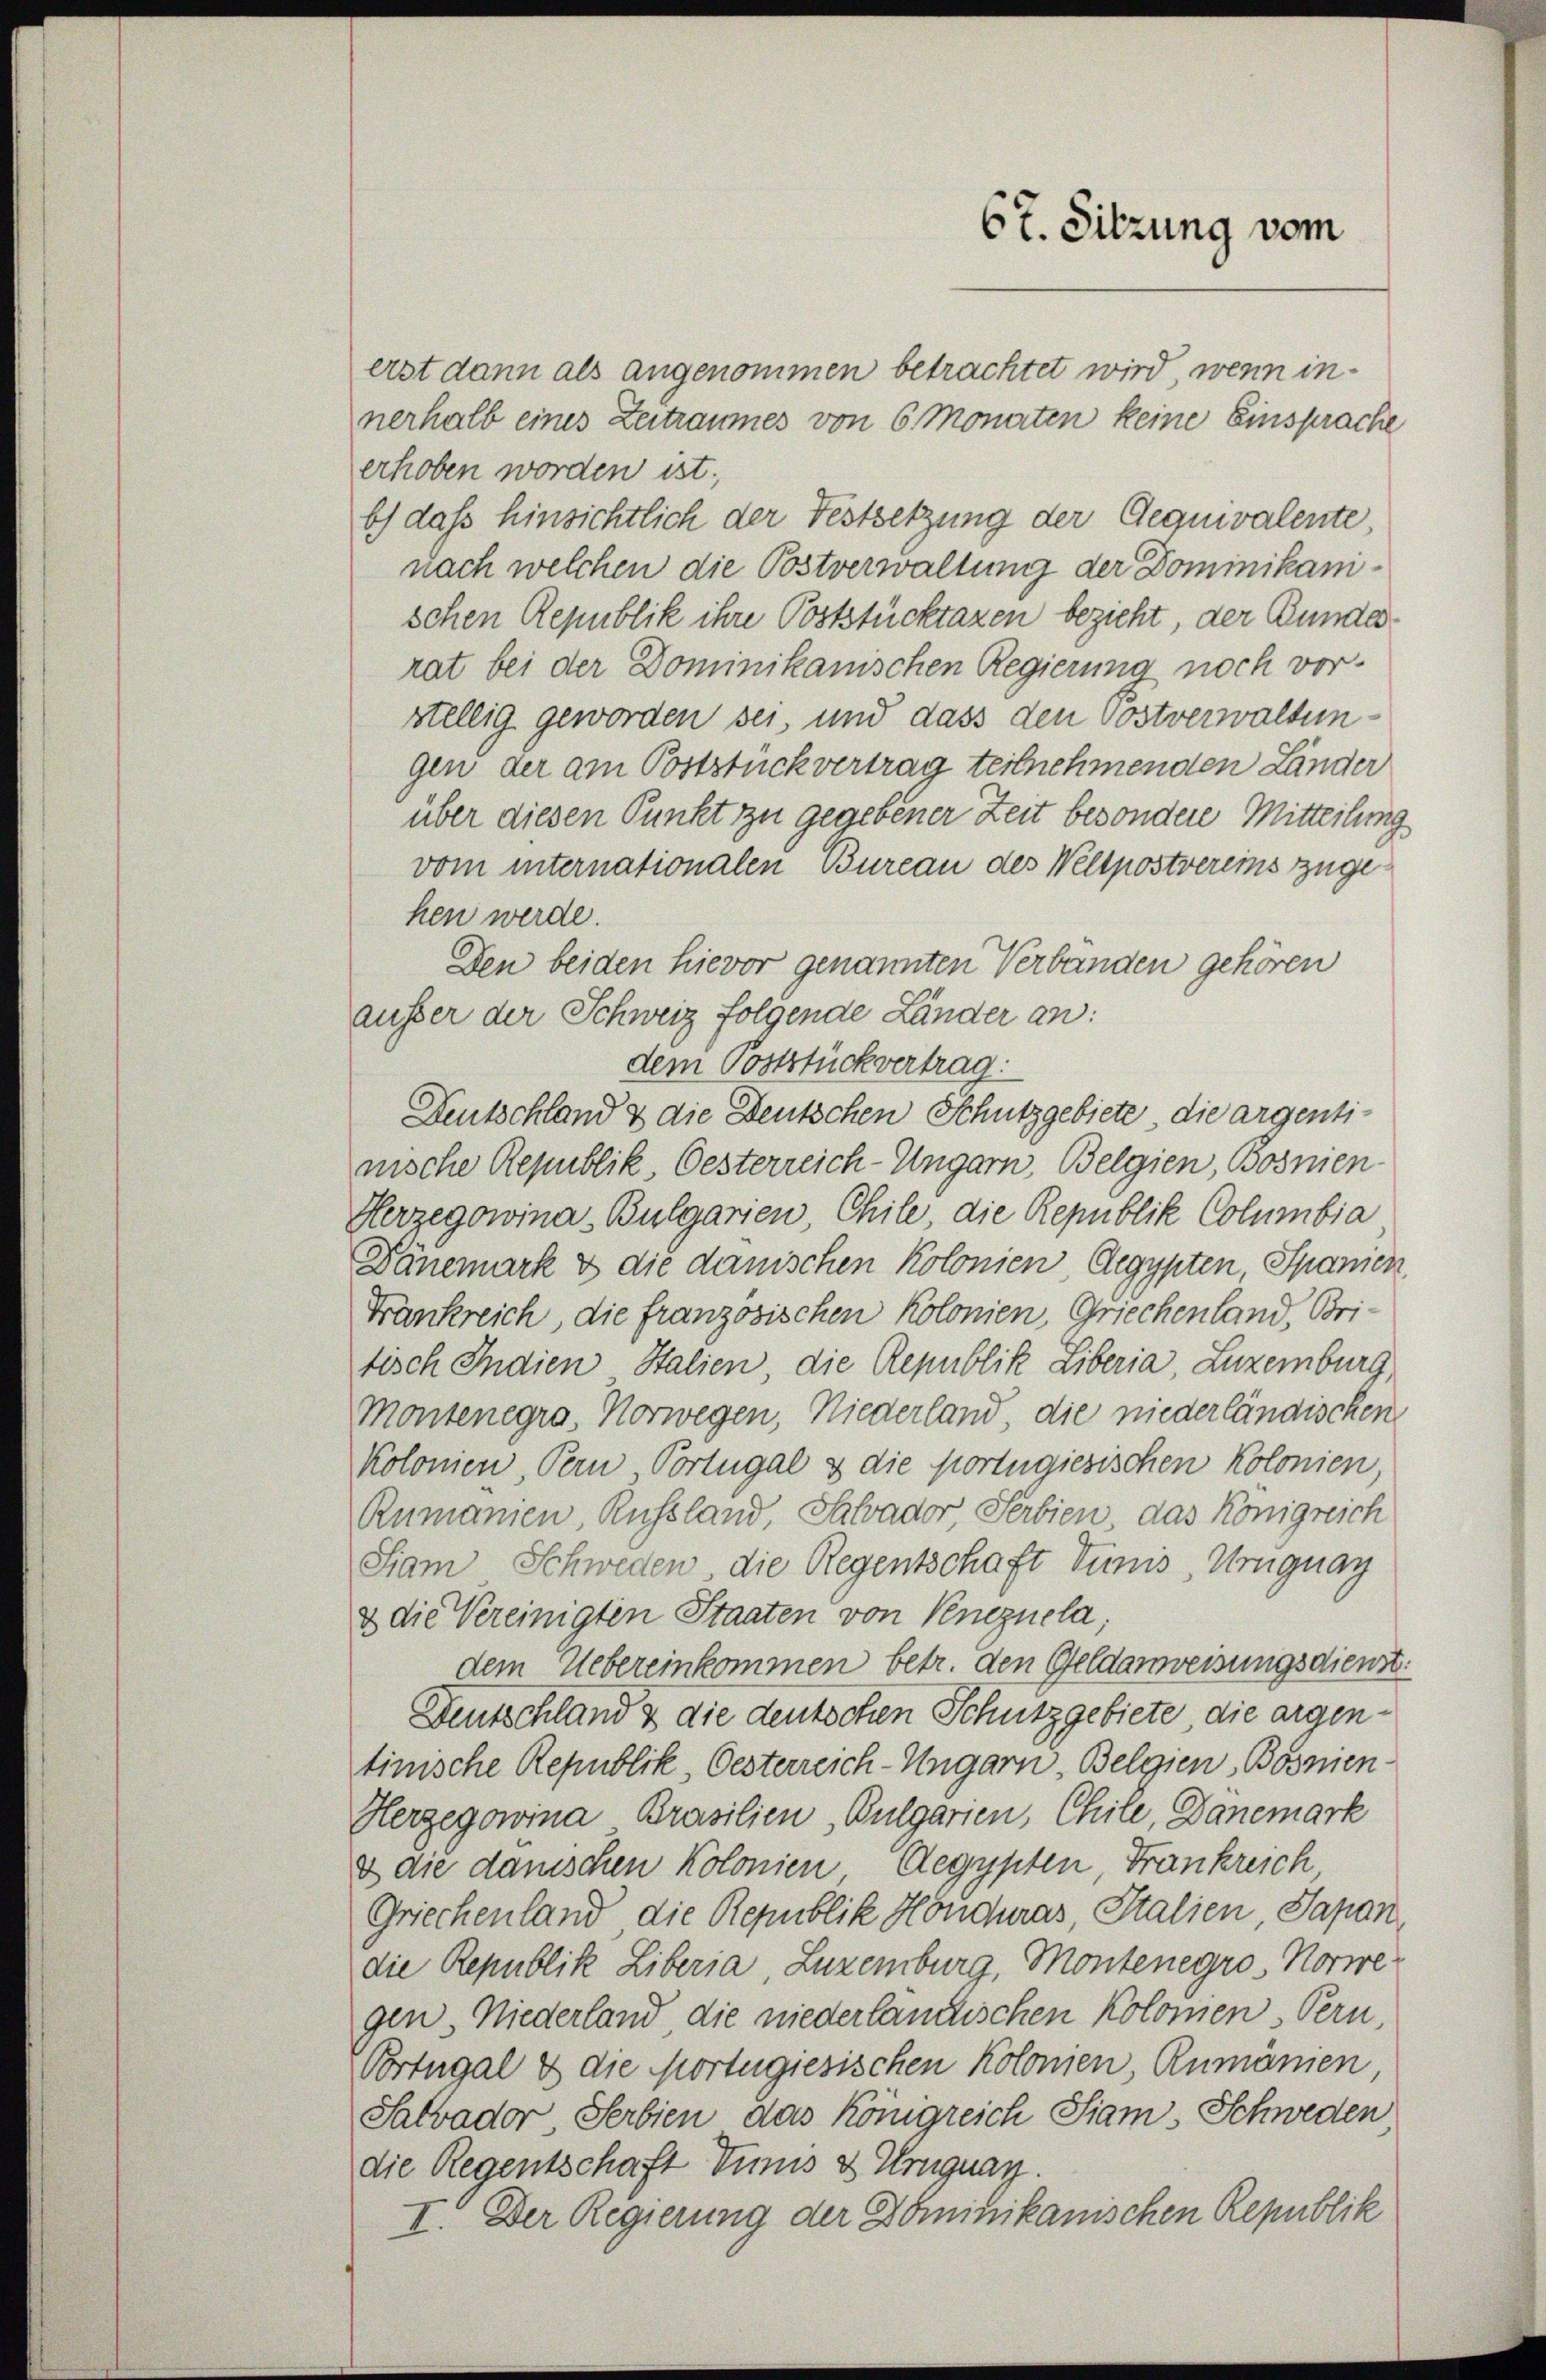
erst dann als angenommen betrachtet wird, wenn innerhalb eines Zeitraumes von 6 Monaten keine Einsprache
erhoben worden ist.
b) dass hinsichtlich der Festsetzung der Gequivalente,
nach welchen die Postverwaltung der Dominikanischen Republik ihre Poststücktaxen bezieht, der Bunder
rat bei der Dominikanischen Regierung noch vor-
stellig geworden sei, und dass den Postverwaltungen der am Poststück vertrag teilnehmenden Länder
über diesen Punkt zu gegebener Zeit besondere Mitteilung
vom internationalen Bureau des Wellpostvereins zugehen werde.
Den beiden hievor genannten Verbänden gehören
ausser der Schweiz folgende Länder an:
dem Poststückvertrag:
Deutschland & die Deutschen Schutzgebiete die argentinische Republik, Oesterreich-Ungarn, Belgien, Bosnien-
Herzegowina Bulgarien Chile, die Republik Columbia
Dänemark & die danischen Kolonien Aegypten Spanien
Frankreich, die französischen Kolonien, Griechenland, Britisch Indien Stalien die Republik Liberia, Luxemburg
Montenegra, Norwegen, Niederland, die niederländischen
Kolonien Pern Portugal & die portugiesischen Kolonien,
Rumanien, Russland, Salvador, Serbien, das Königreich
Siam Schweden die Regentschaft Tunis, Uruguay
& die Vereinigten Staaten von Knezuela,
dem Uebereinkommen betr. den Geldanweisungsdienst
Deutschland & die deutschen Schutzgebiete die argentinische Republik, Oesterreich-Ungarn, Belgien Bosnien-
Herzegowina Brasilien, Bulgarien, Chile, Danemark
& die danischen Kolonien Aegypten Frankreich
Griechenland die Republik Honduras, Stalien, Sapon
die Republik Liberia Luzemburg, Montenegro, Norwegen, Niederland die niederländischen Kolomen Pern,
Portugal & die Mortugiesischen Kolonien Rumänien
Salvador Serbien das Königreich Siam, Schweden
die Regentschaft Tunis & Uruguay.
I. Der Regierung der Dominikanischen Republik

67. Sitzung vom